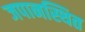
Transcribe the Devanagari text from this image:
जपानस्थित